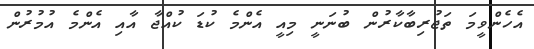
އެހެންވީމަ ތަޖުރިބާކާރުން ބުނަނީ މިއީ އެންމެ ކުޑަ ކުއްޖާ އާއި އެންމެ އުމުރުން